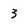
Character: 3